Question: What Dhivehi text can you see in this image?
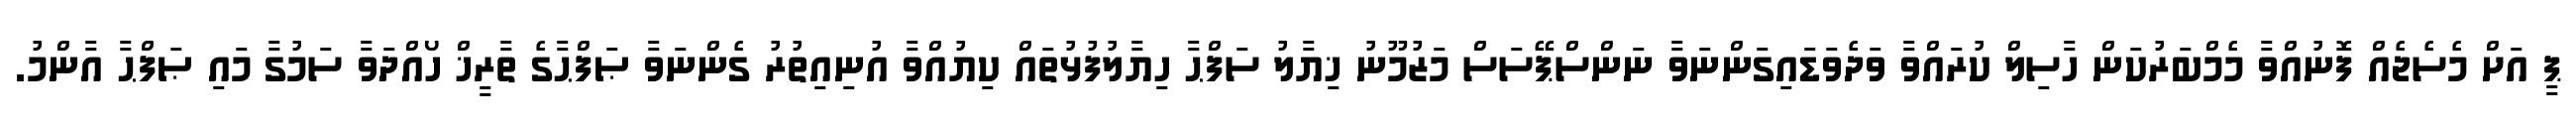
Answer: ޕީ އަށް މެސެޖެއް ފޮނުއްވާ މެމްބަރުކަން ހާސިލް ކުރައްވާ ވަދެވަޑައިގަންނަވާ ނަންސްޕޭސަސް މަޒުމޫނު ޚިޔާލު ސަފްޙާ ހިޔާލުފުޅުތައް ކިޔުއްވާ އުނިއިތުރު ގެންނަވާ ޞަފްޙާގެ ތާރީޚް ހޯއްދަވާ ސަމުގާ މައި ޞަފްޙާ އާންމު.